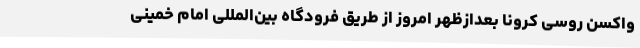
واکسن روسی کرونا بعدازظهر امروز از طریق فرودگاه بین‌المللی امام خمینی